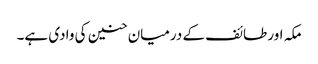
مکہ اور طائف کے درمیان حنین کی وادی ہے۔